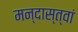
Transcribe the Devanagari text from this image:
मन्दास्त्वां